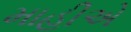
માહીએ